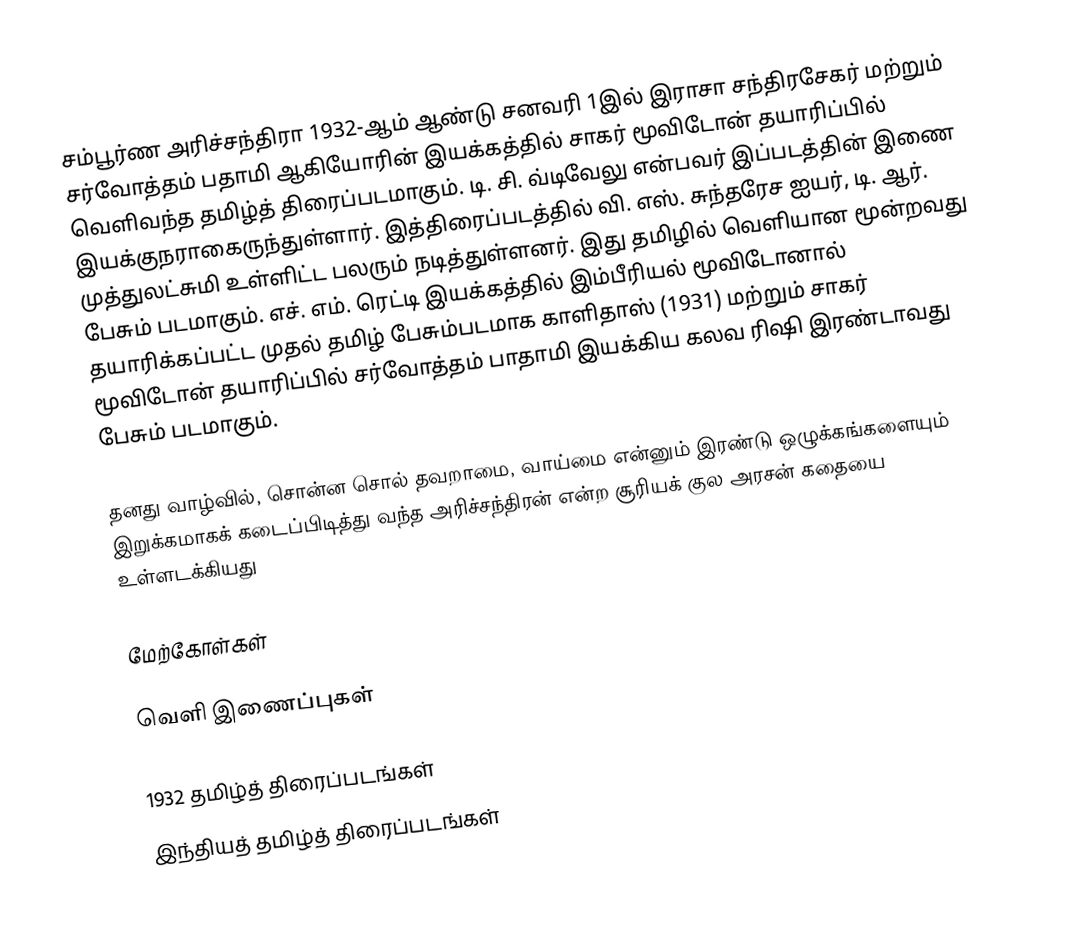
சம்பூர்ண அரிச்சந்திரா 1932-ஆம் ஆண்டு சனவரி 1இல்  இராசா சந்திரசேகர் மற்றும் சர்வோத்தம் பதாமி ஆகியோரின் இயக்கத்தில் சாகர் மூவிடோன் தயாரிப்பில் வெளிவந்த தமிழ்த் திரைப்படமாகும். டி. சி. வ்டிவேலு என்பவர் இப்படத்தின் இணை இயக்குநராகைருந்துள்ளார். இத்திரைப்படத்தில் வி. எஸ். சுந்தரேச ஐயர், டி. ஆர். முத்துலட்சுமி உள்ளிட்ட பலரும் நடித்துள்ளனர். இது தமிழில் வெளியான மூன்றவது பேசும் படமாகும். எச். எம். ரெட்டி இயக்கத்தில் இம்பீரியல் மூவிடோனால் தயாரிக்கப்பட்ட முதல் தமிழ் பேசும்படமாக காளிதாஸ் (1931) மற்றும் சாகர் மூவிடோன் தயாரிப்பில் சர்வோத்தம் பாதாமி இயக்கிய கலவ ரிஷி இரண்டாவது பேசும் படமாகும்.

தனது வாழ்வில், சொன்ன சொல் தவறாமை, வாய்மை என்னும் இரண்டு ஒழுக்கங்களையும் இறுக்கமாகக் கடைப்பிடித்து வந்த அரிச்சந்திரன் என்ற சூரியக் குல அரசன் கதையை உள்ளடக்கியது

மேற்கோள்கள்

வெளி இணைப்புகள்

1932 தமிழ்த் திரைப்படங்கள்
இந்தியத் தமிழ்த் திரைப்படங்கள்